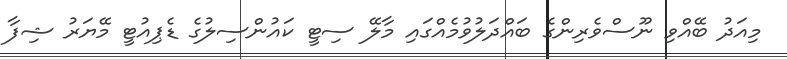
މިއަދު ބޭއްވި ނޫސްވެރިންގެ ބައްދަލުވުމެއްގައި މާލޭ ސިޓީ ކައުންސިލުގެ ޑެޕިއުޓީ މޭޔަރު ޝިފާ